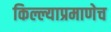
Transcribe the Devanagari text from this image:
किल्ल्याप्रमाणेच